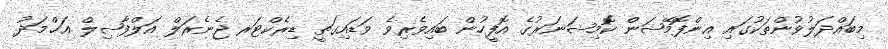
މިބައްދަލުވުންތަކުގައި އިންފޮމޭޝަން ކޮމިޝަނަރުގެ އޮފީހުން ބައިވެރިވެ ވަޑައިގަތީ ޑިރެކްޓަރ ޖެނެރަލް އަލްފާޟިލް އަޙްމަދު